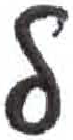
אות: ל